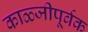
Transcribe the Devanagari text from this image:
काळ्जीपूर्वक